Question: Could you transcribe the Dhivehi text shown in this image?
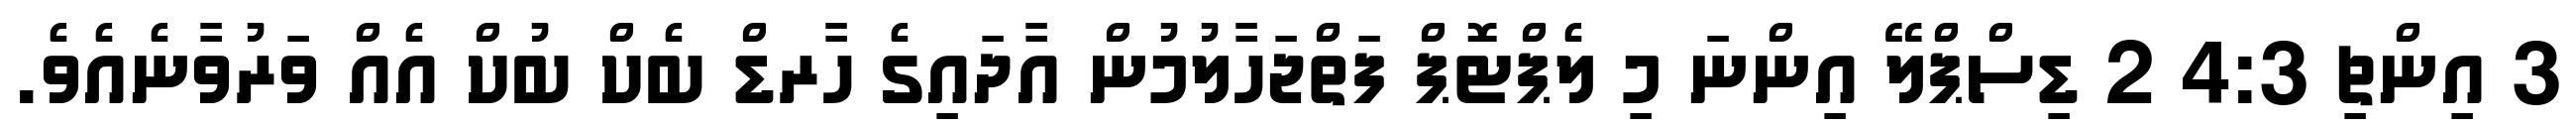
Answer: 3 އިންޗި 4:3 2 ޑިސްޕްލޭ އިންނަ މި ލެޕްޓޮޕް ފަތްޖަހާލުމުން އާދައިގެ ހާރޑް ބެކް ބުކް އެއް ވަރުވާނެއެވެ.